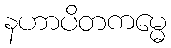
နဟာပိတကမ္မေ